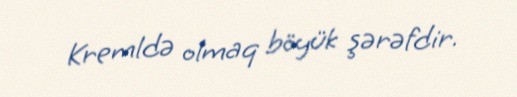
Kremldə olmaq böyük şərəfdir.